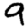
Digit: 9